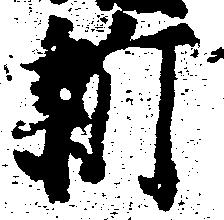
新